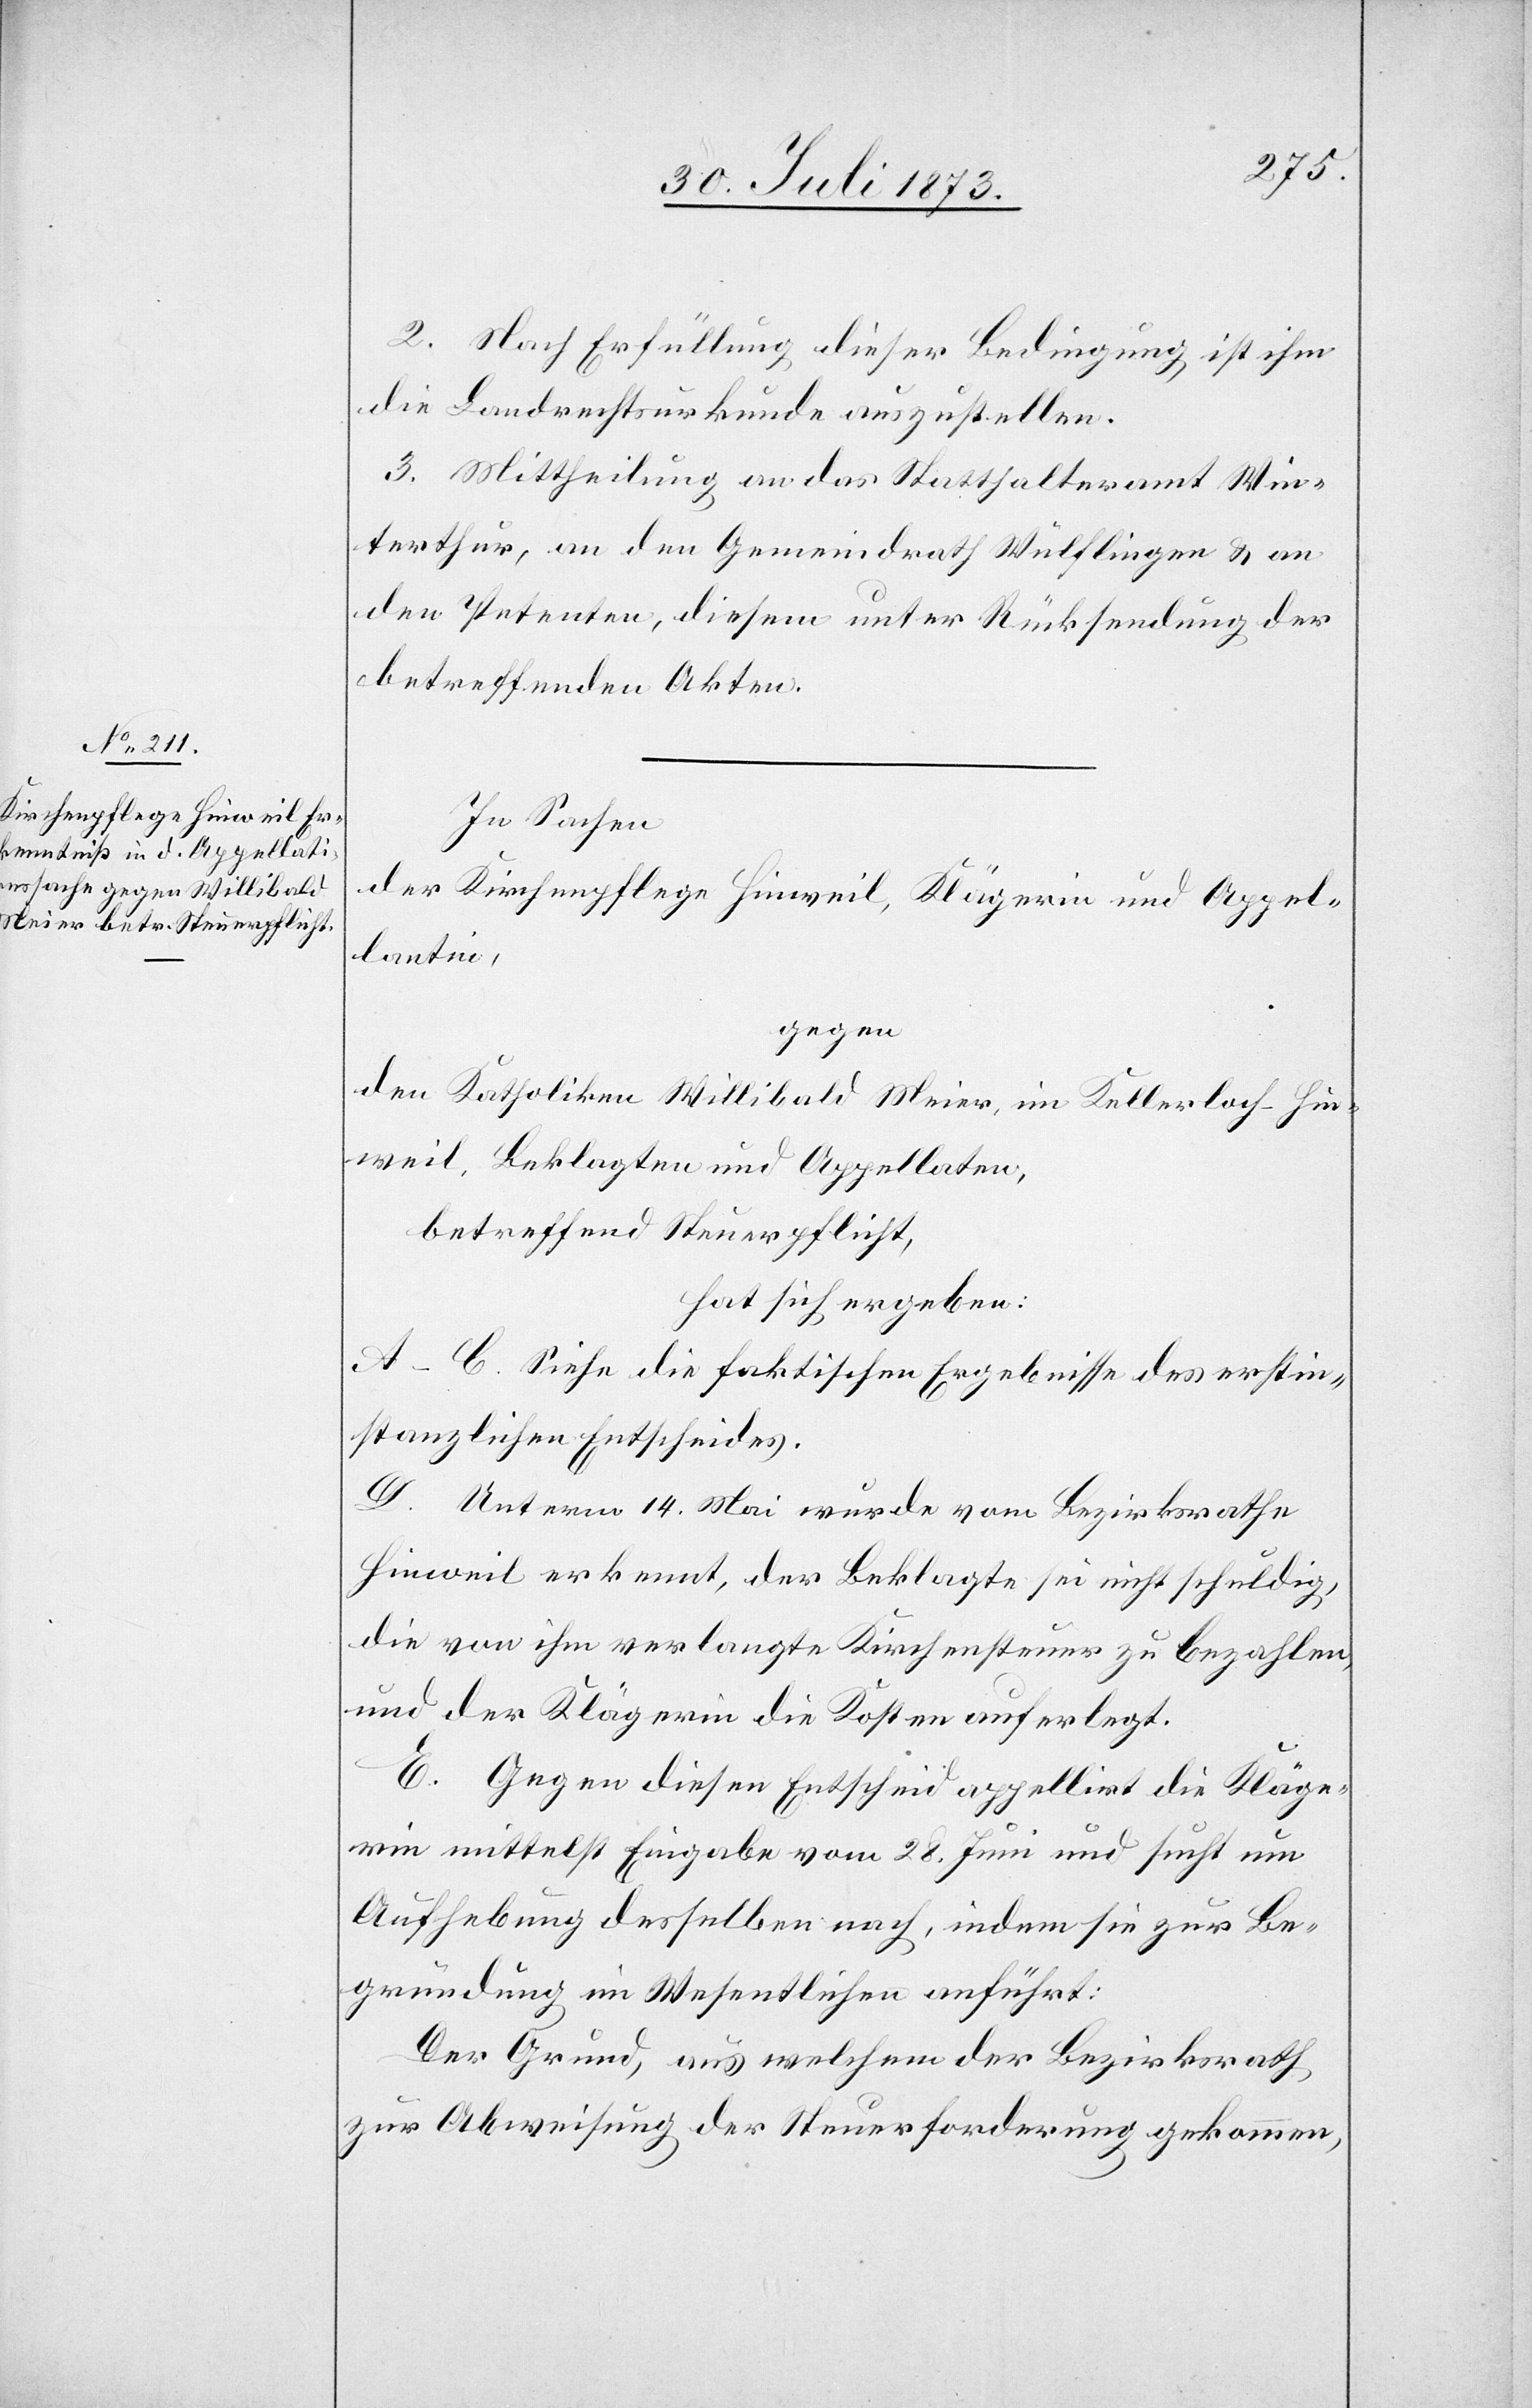
2. Nach Erfüllung dieser Bedingung ist ihm
die Landrechtsurkunde auszustellen.
3. Mittheilung an das Statthalteramt Win¬
terthur, an den Gemeindrath Wülflingen & an
den Petenten, diesem unter Rücksendung der
betreffenden Akten.
In Sachen
der Kirchenpflege Hinweil, Klägerin und Appel¬
lantin,
gegen
den Katholiken Willibald Meier, im Kellerloch-Hin¬
weil, Beklagten und Appellaten,
betreffend Steuerpflicht,
hat sich ergeben:
A–C. Siehe die faktischen Ergebnisse des erstin¬
stanzlichen Entscheides.
D. Unterm 14. Mai wurde vom Bezirksrathe
Hinweil erkennt, der Beklagte sei nicht schuldig,
die von ihm verlangte Kirchensteuer zu bezahlen,
und der Klägerin die Kosten auferlegt.
E. Gegen diesen Entscheid appellirt die Kläge¬
rin mittelst Eingabe vom 28. Juni und sucht um
Aufhebung desselben nach, indem sie zur Be¬
gründung im Wesentlichen anführt:
Der Grund, aus welchem der Bezirksrath
zur Abweisung der Steuerforderung gekommen,